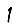
Digit: 1